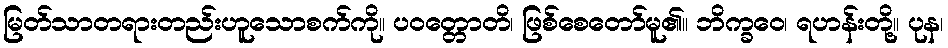
မြတ်သာတရားတည်းဟူသောစက်ကို။ ပဝတ္တောတိ၊ ဖြစ်စေတော်မူ၏။ ဘိက္ခဝေ၊ ရဟန်းတို့။ ပုန၊